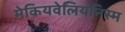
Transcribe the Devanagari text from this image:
मेकियवेलियनिस्म